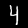
Digit: 4